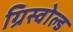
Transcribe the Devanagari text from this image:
ग्रिस्वोल्ड